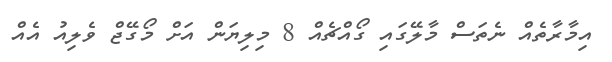
އިމާރާތެއް ނެތަސް މާލޭގައި ގޯއްޗެއް 8 މިލިޔަން އަށް މޯގޭޖް ވެލިއު އެއް